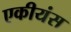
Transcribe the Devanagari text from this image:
एकीयंस